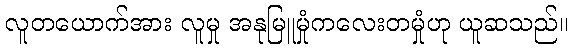
လူတယောက်အား လူမှု အနုမြူမှုံကလေးတမှုံဟု ယူဆသည်။